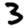
Digit: 3